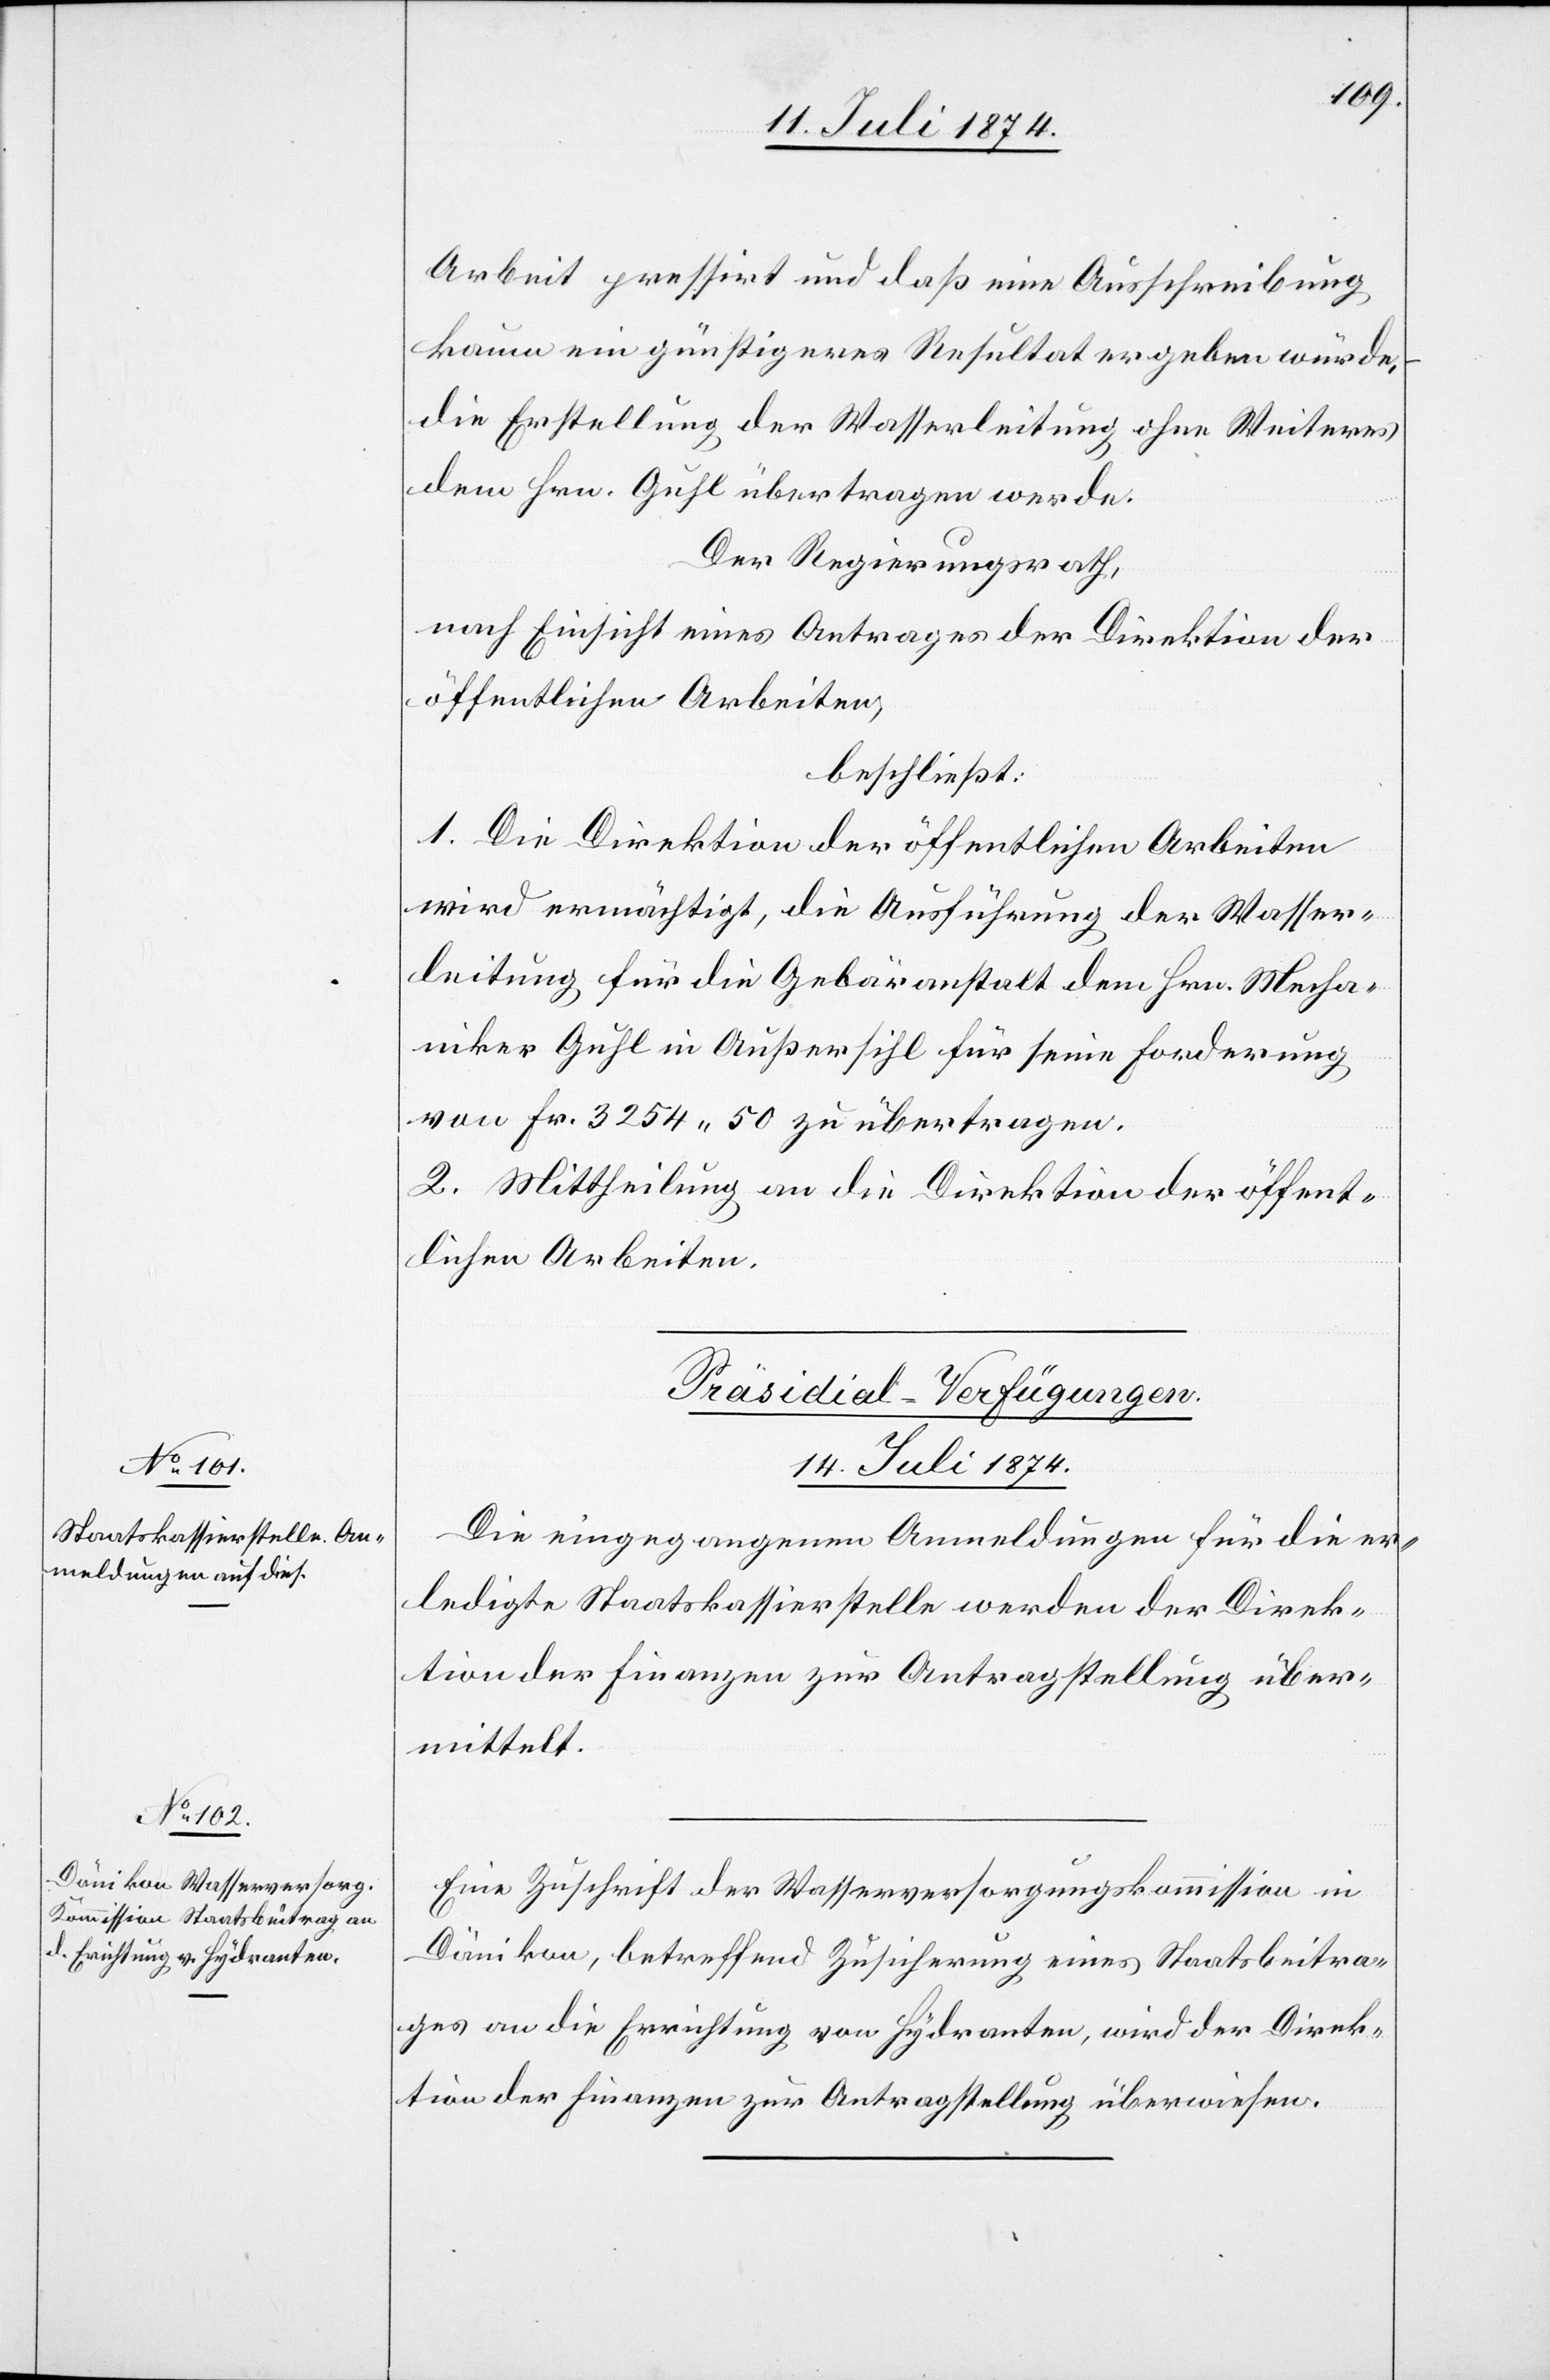
Arbeit pressirt und daß eine Ausschreibung
kaum ein günstigeres Resultat ergeben würde
die Erstellung der Wasserleitung ohne Weiteres
dem Hrn. Guhl übertragen werde.
Der Regierungsrath,
nach Einsicht eines Antrages der Direktion der
öffentlichen Arbeiten,
beschließt:
1. Die Direktion der öffentlichen Arbeiten
wird ermächtigt, die Ausführung der Wasser¬
leitung für die Gebäranstalt dem Hrn. Mecha¬
niker Guhl in Außersihl für seine Forderung
von Fr. 3254.50 zu übertragen.
2. Mittheilung an die Direktion der öffent¬
lichen Arbeiten.
[Präsidial-Verfügungen.
14. Juli 1874]
Die eingegangenen Anmeldungen für die er¬
ledigte Staatskassierstelle werden der Direk¬
tion der Finanzen zur Antragstellung über¬
mittelt.
Eine Zuschrift der Wasserversorgungskommission in
Dänikon, betreffend Zusicherung eines Staatsbeitra¬
ges an die Errichtung von Hydranten, wird der Direk¬
tion der Finanzen zur Antragstellung überwiesen.